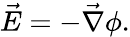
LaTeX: {\vec{E}}=-{\vec{\nabla}}\phi.